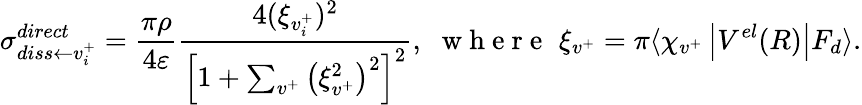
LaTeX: \sigma_{diss\leftarrow{v_{i}^{+}}}^{direct}=\frac{\pi\rho}{4\varepsilon}\frac{4(\xi_{{v}_{i}^{+}})^{2}}{\left[1+\sum_{v^{+}}\left(\xi_{v^{+}}^{2}\right)^{2}\right]^{2}},\, \, \mathrm{~w~h~e~r~e~}\, \, \xi_{v^{+}}=\pi\langle\chi_{v^{+}}\left\vert V^{el}(R)\right\vert F_{d}\rangle.